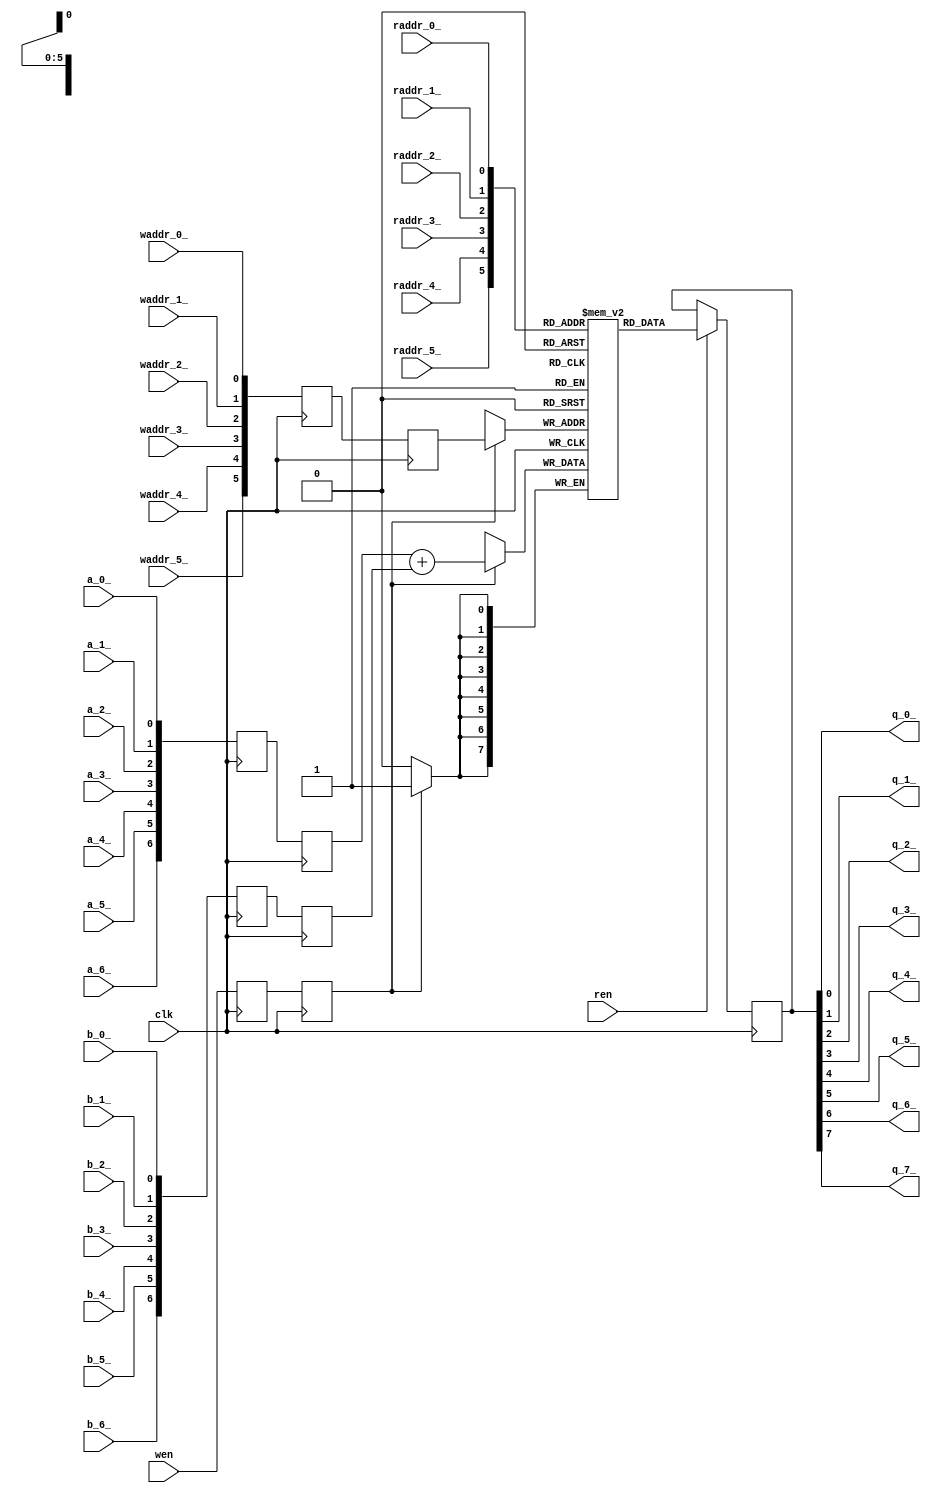
//-----------------------------------------------------
// Design Name : pipelined_8bit_adder
// Function    : Pipelined 8-bit adders, whose sum and carry outputs
//               are cached in a memory
// Coder       : Aurelien Alacchi
//-----------------------------------------------------

`timescale 1 ns/ 1 ps

// To match the port definition in BLIF format, so that we can do verification
// Each input/output bus is expanded here.
// In future, we should be able to support buses in verification!

module pipelined_8bit_adder(
    input clk,
    input ren,
    input wen,
    input raddr_0_,
    input raddr_1_,
    input raddr_2_,
    input raddr_3_,
    input raddr_4_,
    input raddr_5_,
    input waddr_0_,
    input waddr_1_,
    input waddr_2_,
    input waddr_3_,
    input waddr_4_,
    input waddr_5_,
    input a_0_,
    input a_1_,
    input a_2_,
    input a_3_,
    input a_4_,
    input a_5_,
    input a_6_,
    input b_0_,
    input b_1_,
    input b_2_,
    input b_3_,
    input b_4_,
    input b_5_,
    input b_6_,
    output q_0_,
    output q_1_,
    output q_2_,
    output q_3_,
    output q_4_,
    output q_5_,
    output q_6_,
    output q_7_);

	wire [5:0] raddr;
	wire [5:0] waddr;
	wire [6:0] a;
	wire [6:0] b;
	wire [7:0] q;


	assign raddr = { raddr_5_, raddr_4_, raddr_3_, raddr_2_, raddr_1_, raddr_0_ };
	assign waddr = { waddr_5_, waddr_4_, waddr_3_, waddr_2_, waddr_1_, waddr_0_ };
	assign a = { a_6_, a_5_, a_4_, a_3_, a_2_, a_1_, a_0_ };
	assign b = { b_6_, b_5_, b_4_, b_3_, b_2_, b_1_, b_0_ };
    assign q_7_ = q[7];
    assign q_6_ = q[6];
    assign q_5_ = q[5];
    assign q_4_ = q[4];
    assign q_3_ = q[3];
    assign q_2_ = q[2];
    assign q_1_ = q[1];
    assign q_0_ = q[0];

	reg[7:0] ram[63:0];
	reg[6:0] a_st0;
	reg[6:0] a_st1;
	reg[6:0] b_st0;
	reg[6:0] b_st1;
	reg[8:0] waddr_st0;
	reg[8:0] waddr_st1;
	reg wen_st0;
	reg wen_st1;
	reg[7:0] q_int;

	wire[7:0] AplusB;

	assign AplusB = a_st1 + b_st1;
	assign q = q_int;

	always@(posedge clk) begin
		waddr_st0 <= waddr;
		waddr_st1 <= waddr_st0;
		a_st0 <= a;
		a_st1 <= a_st0;
		b_st0 <= b;
		b_st1 <= b_st0;
		wen_st0 <= wen;
		wen_st1 <= wen_st0;
		if(wen_st1) begin
			ram[waddr_st1] <= AplusB;
		end
		if(ren) begin
			q_int <= ram[raddr];
		end
	end

endmodule